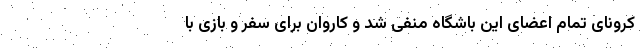
کرونای تمام اعضای این باشگاه منفی شد و کاروان برای سفر و بازی با